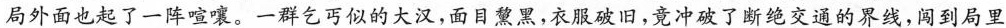
局外面也起了一阵喧嚷。一群乞丐似的大汉，面目熏黑，衣服破旧，竟冲破了断绝交通的界线，闯到局里